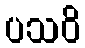
ပသဝိ